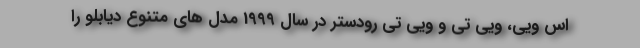
اس ویی، ویی تی و ویی تی رودستر در سال 1999 مدل های متنوع دیابلو را